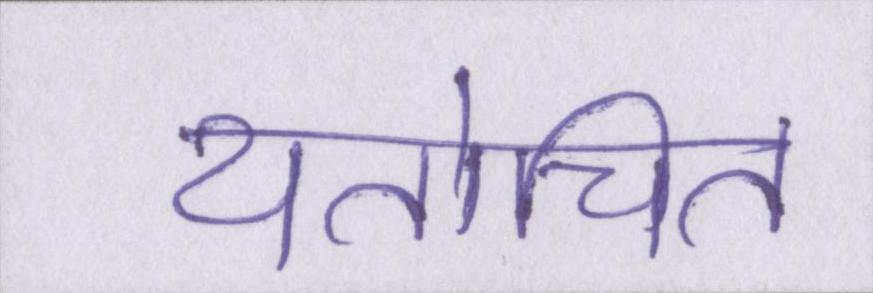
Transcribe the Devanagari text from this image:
यतोचित